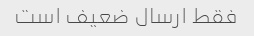
فقط ارسال ضعیف است